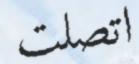
اتصلت